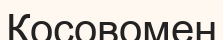
Косовомен